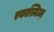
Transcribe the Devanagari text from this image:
एकास्मिज्म़